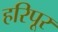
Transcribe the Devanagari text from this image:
हरिपूर